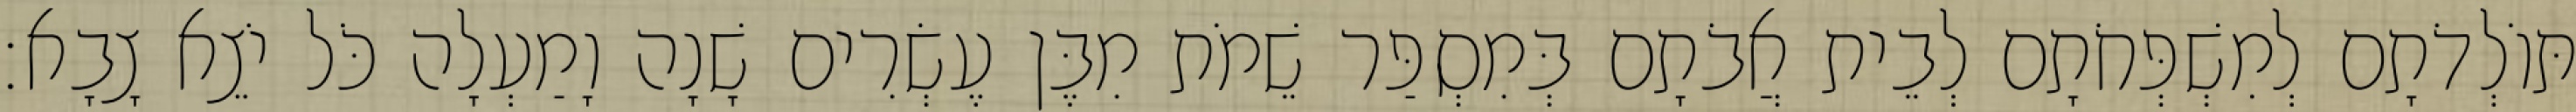
תּוֹלְדֹתָם לְמִשְׁפְּחֹתָם לְבֵית אֲבֹתָם בְּמִסְפַּר שֵׁמֹת מִבֶּן עֶשְׂרִים שָׁנָה וָמַעְלָה כֹּל יֹצֵא צָבָא׃